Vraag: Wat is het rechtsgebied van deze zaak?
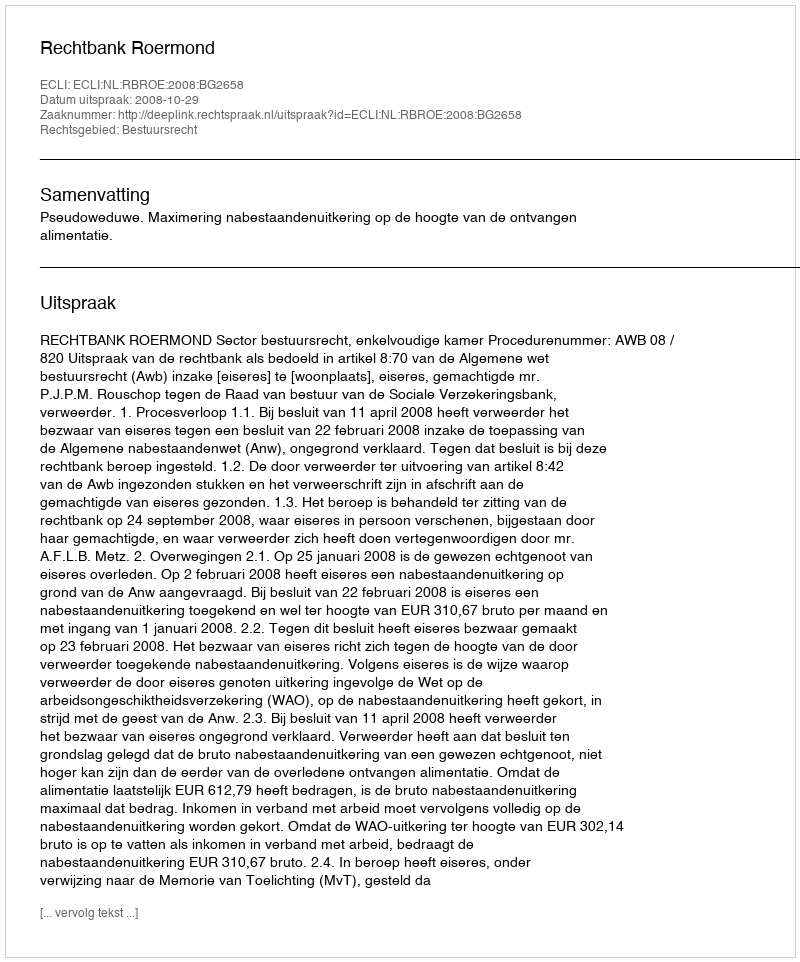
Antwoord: Bestuursrecht